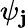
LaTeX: \psi_{\mathbf{j}}